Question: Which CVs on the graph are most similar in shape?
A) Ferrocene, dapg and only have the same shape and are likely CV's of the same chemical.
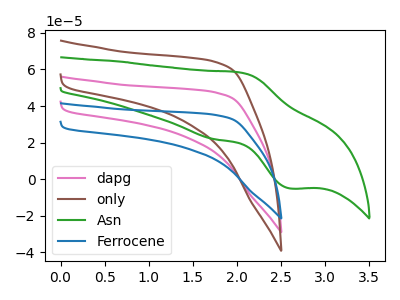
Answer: <think>The pink curve "dapg" has no peaks. The brown curve "only" has no peaks. The green curve "Asn" has an anodic peak at (2.00V, 58.45uA) and a cathodic peak at (2.60V, -5.05uA). The blue curve "Ferrocene" has no peaks.
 Neither "dapg" or "only" have any peaks. "dapg" and "Asn" have a different number of peaks. Neither "dapg" or "Ferrocene" have any peaks. "only" and "Asn" have a different number of peaks. Neither "only" or "Ferrocene" have any peaks. "Asn" and "Ferrocene" have a different number of peaks.</think>
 <answer>A) "Ferrocene", "dapg" and "only" have the same shape and are likely CV's of the same chemical.</answer>
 <eval>A</eval>